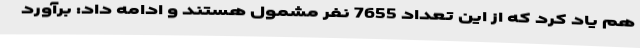
هم یاد کرد که از این تعداد 7655 نفر مشمول هستند و ادامه داد: برآورد